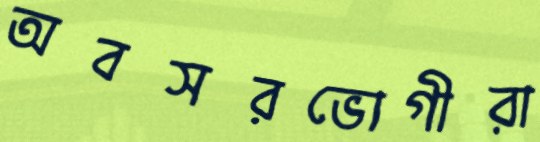
অবসরভোগীরা